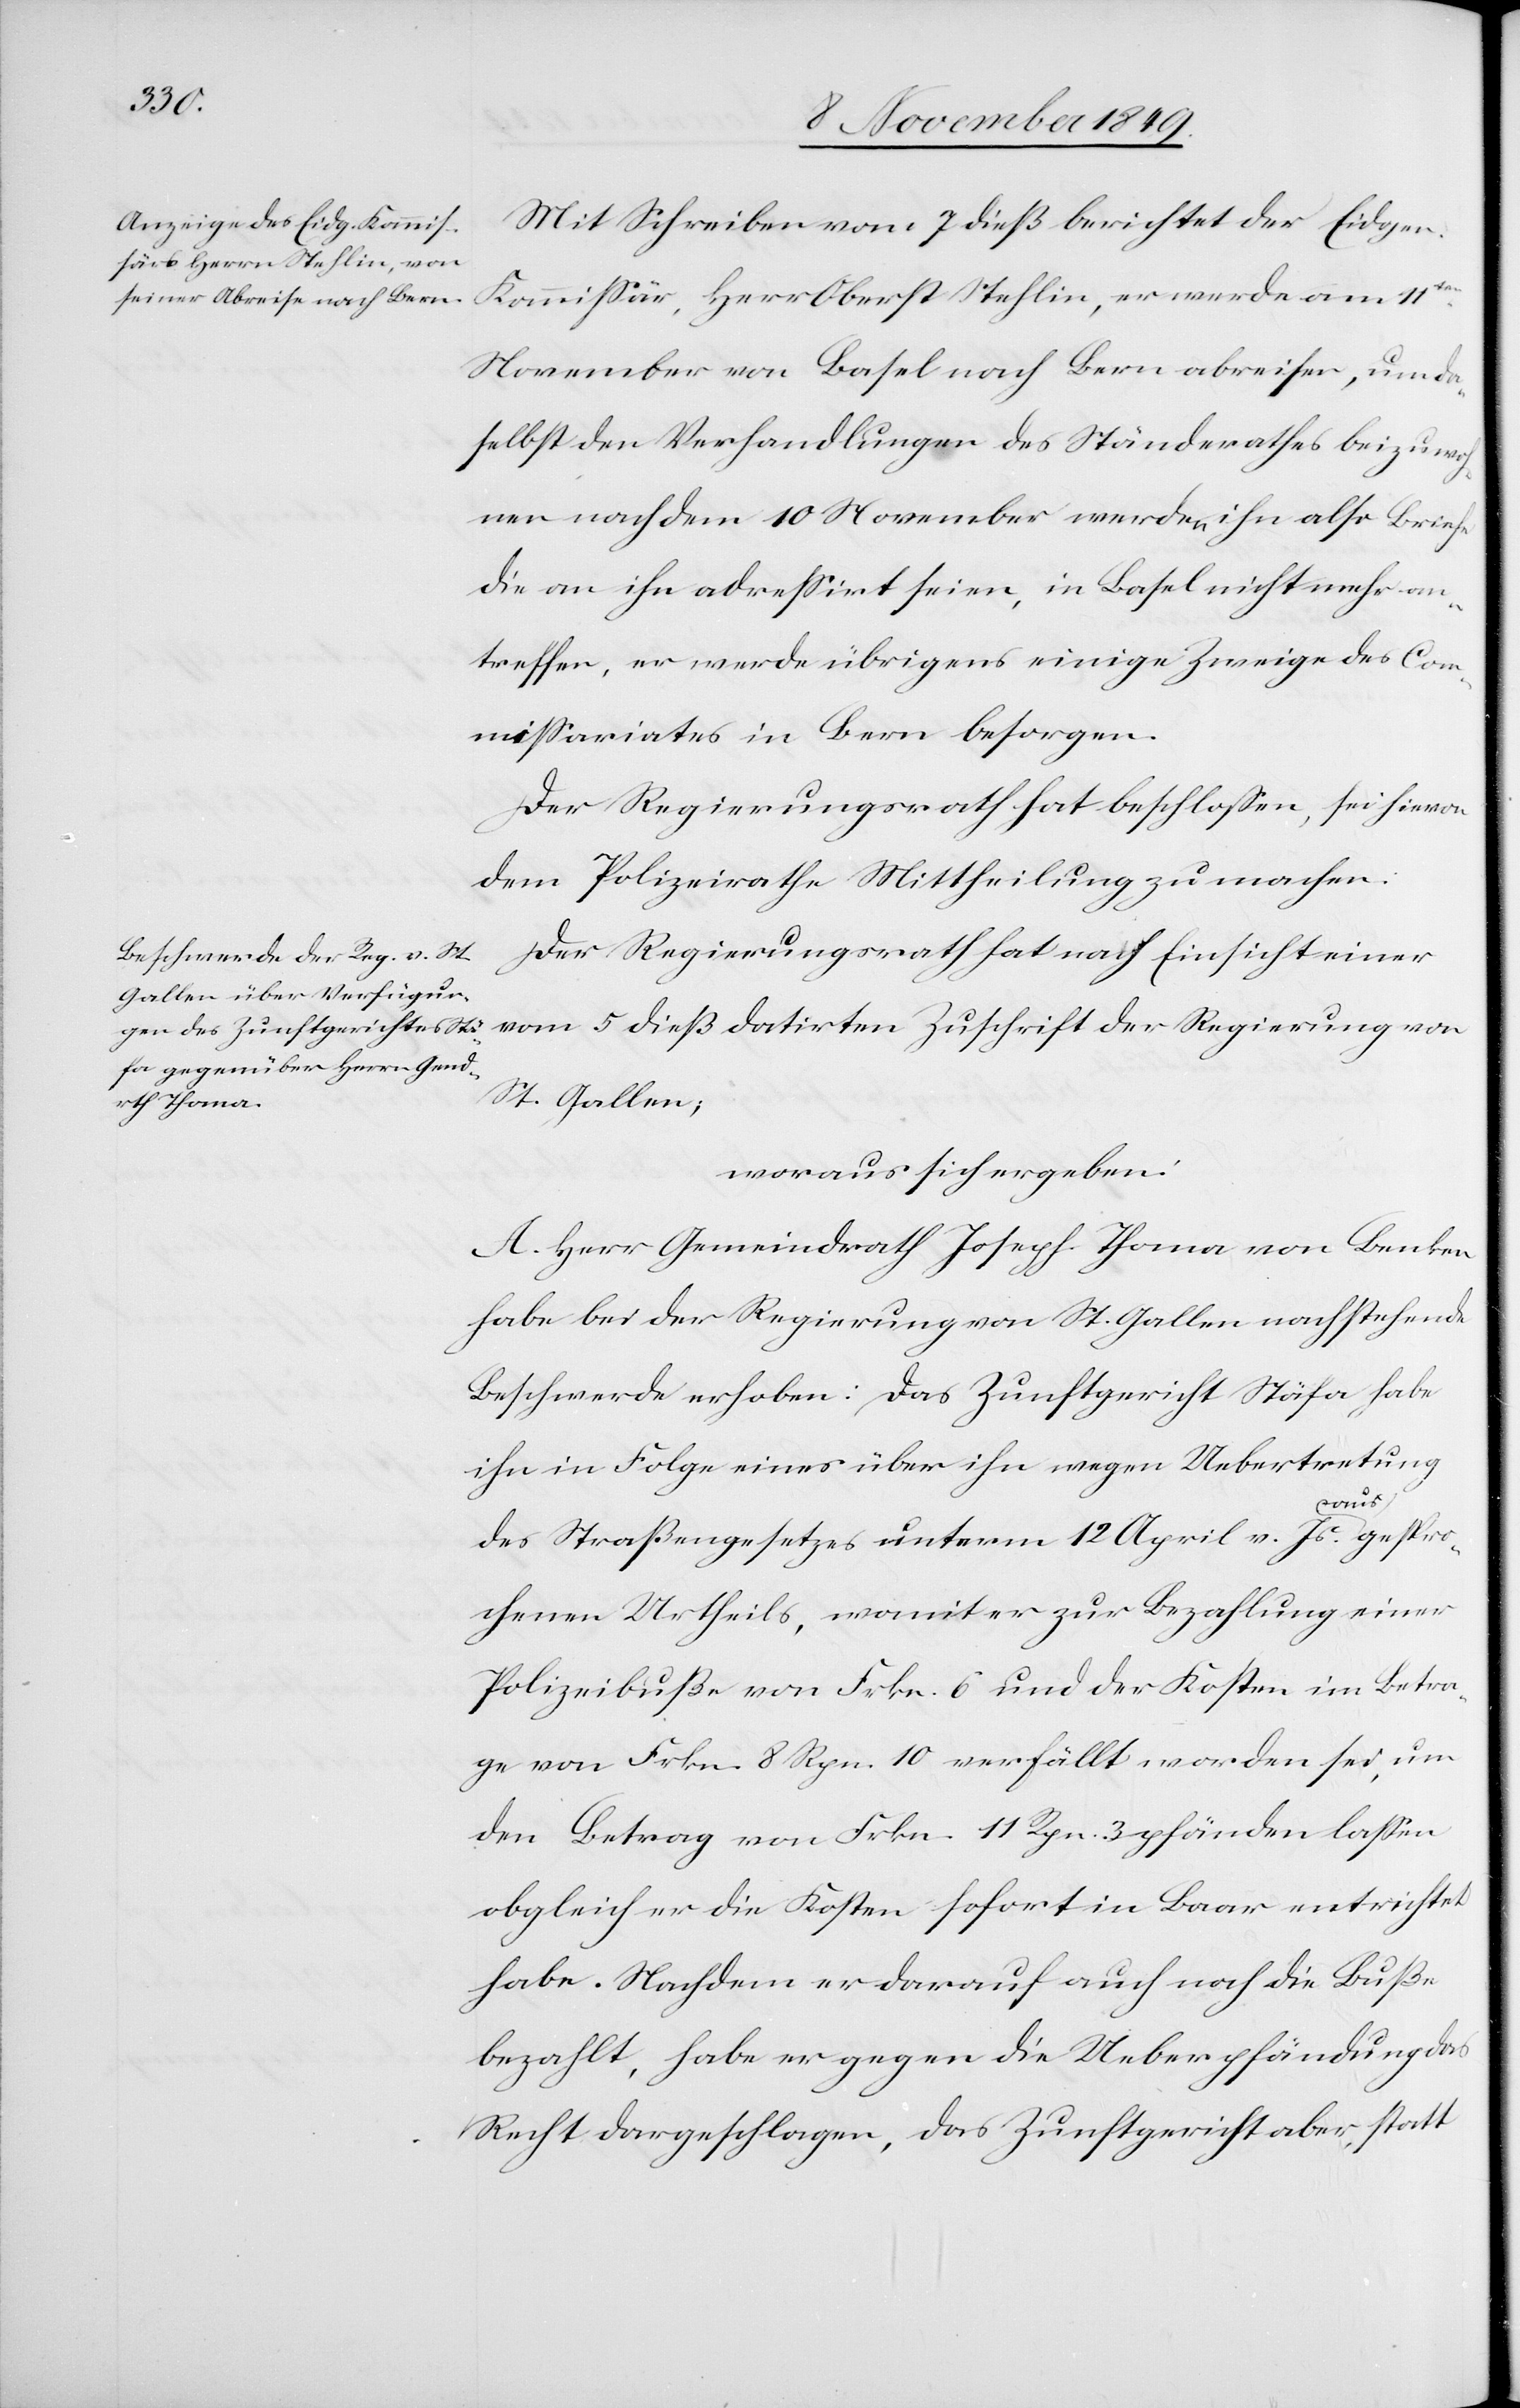
Mit Schreiben vom 7 dieß berichtet der Eidgen.
Kommißär, Herr Oberst Stehlin, er werde am 11ten
November von Basel nach Bern abreisen, um da¬
selbst den Verhandlungen des Ständerathes beizuwoh¬
nen nach dem 10 November werden ihn also Briefe
die an ihn adreßirt seien, in Basel nicht mehr an¬
treffen, er werde übrigens einige Zweige des Com¬
mißariates in Bern besorgen.
Der Regierungsrath hat beschloßen, sei hievon
dem Polizeirathe Mittheilung zu machen.
Der Regierungsrath hat nach Einsicht einer
vom 5 dieß datirten Zuschrift der Regierung von
St. Gallen;
woraus sich ergeben:
A. Herr Gemeindrath Joseph Thoma von Benken
habe bei der Regierung von St. Gallen nachstehende
Beschwerde erhoben: Das Zunftgericht Stäfa habe
ihn in Folge eines über ihn wegen Uebertretung
des Straßengesetzes unterm 12 April vor. Js. ausgespro¬
chenen Urtheils, womit er zur Bezahlung einer
Polizeibuße von Frkn. 6 und der Kosten im Betra¬
ge von Frkn. 8 Rpn. 10 verfällt worden sei, um
den Betrag von Frkn. 11 Rpn. 3 pfänden laßen
obgleich er die Kosten sofort in Baar entrichtet
habe. Nachdem er darauf auch noch die Buße
bezahlt, habe er gegen die Ueberpfändung das
Recht dargeschlagen, das Zunftgericht aber, statt